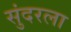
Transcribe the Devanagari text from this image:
सुंदरला